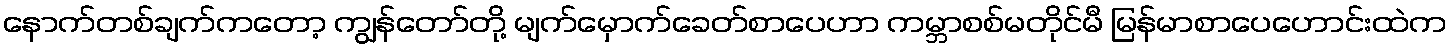
နောက်တစ်ချက်ကတော့ ကျွန်တော်တို့ မျက်မှောက်ခေတ်စာပေဟာ ကမ္ဘာစစ်မတိုင်မီ မြန်မာစာပေဟောင်းထဲက